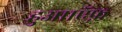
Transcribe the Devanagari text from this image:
हुआ।ऍफ़